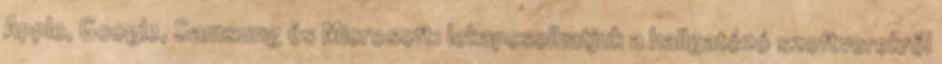
Apple, Google, Samsung és Microsoft: lekapcsolhatjuk a hallgatózó szoftverekről